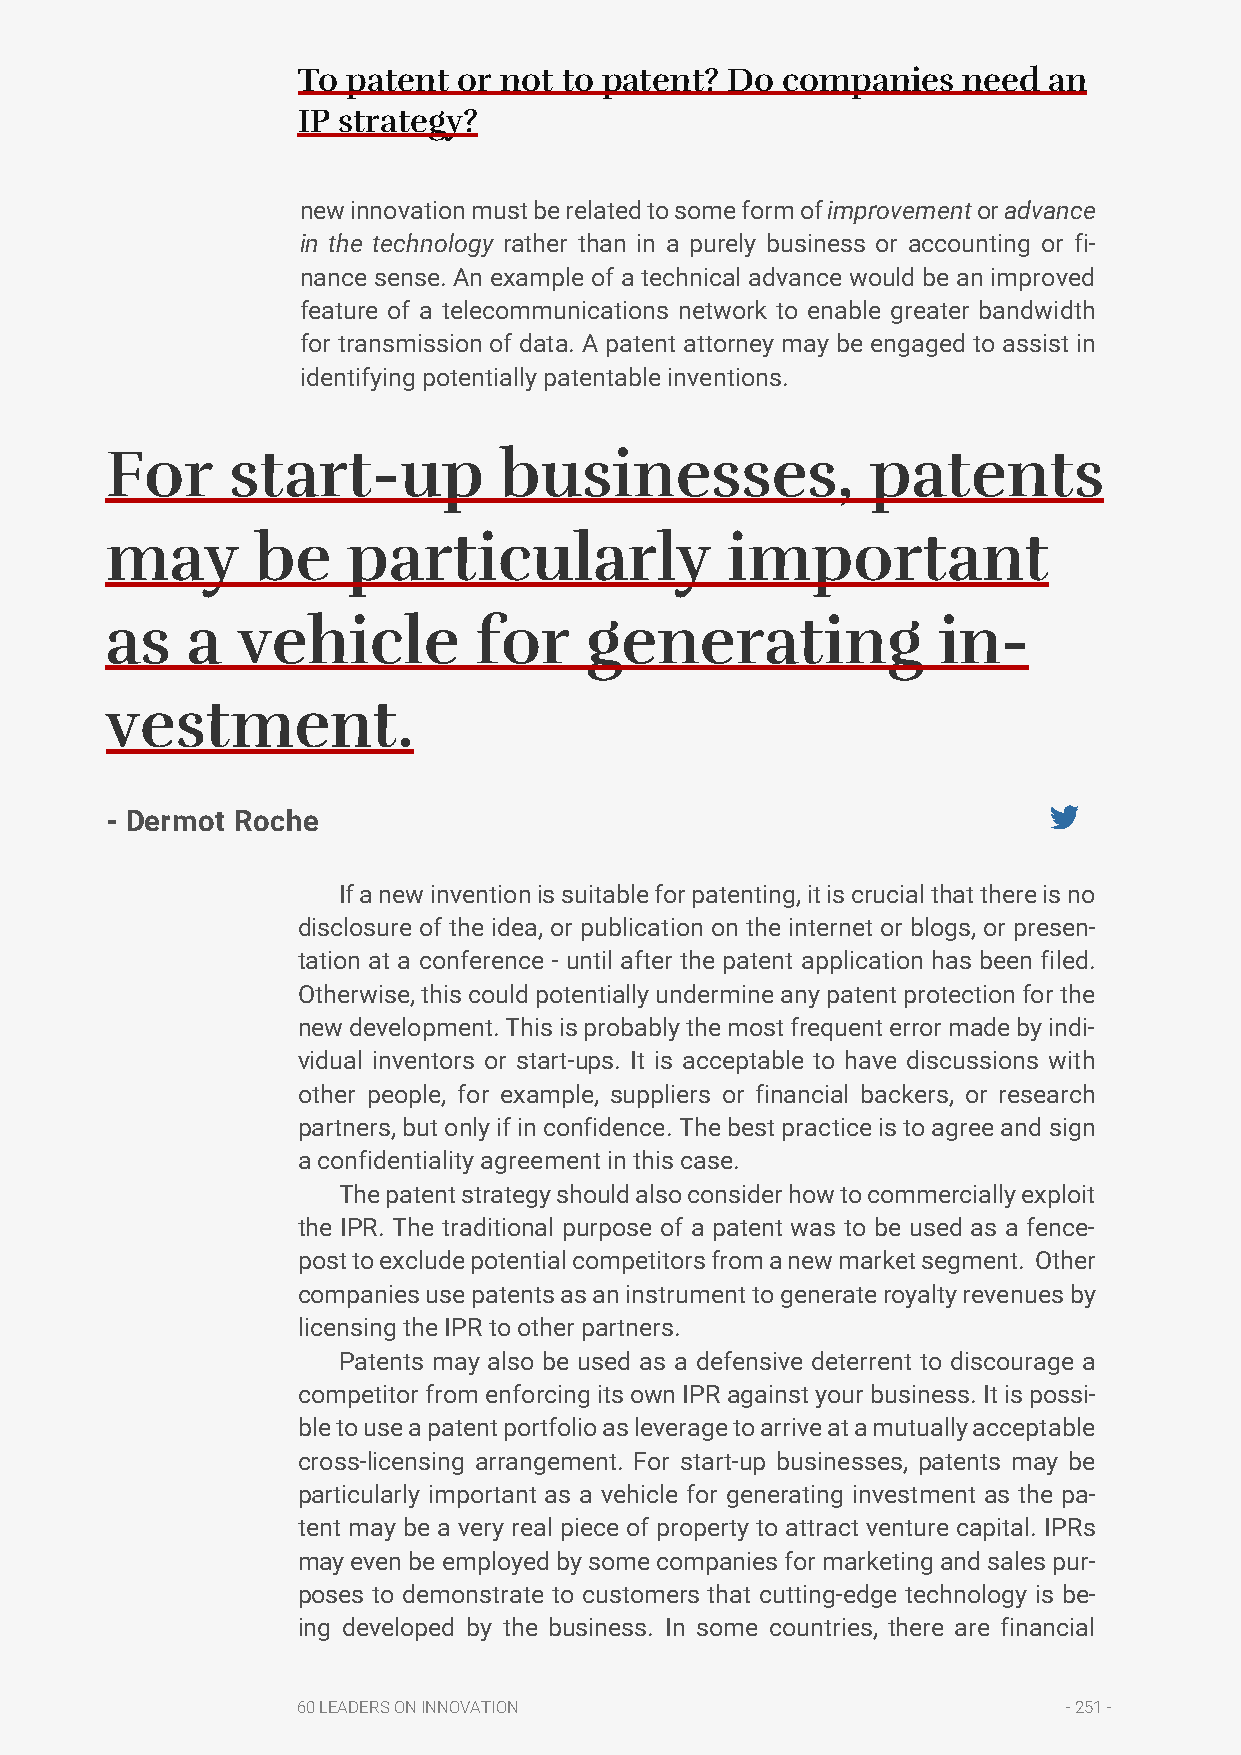
To patent or not to patent? Do  companies   need an
 IP strategy?
 new innovation must be related to some form of improvement or advance
 in the technology rather than in a purely business or accounting or fi-
 nance sense. An example of a technical advance would be an improved
 feature of a telecommunications network to enable greater bandwidth
 for transmission of data. A patent attorney may be engaged to assist in
 identifying potentially patentable inventions.
 For     start-up          businesses,              patents
 may       be    particularly             important
 as   a   vehicle        for     generating             in-
 vestment.
 - Dermot Roche
 If a new invention is suitable for patenting, it is crucial that there is no
 disclosure of the idea, or publication on the internet or blogs, or presen-
 tation at a conference - until after the patent application has been filed.
 Otherwise, this could potentially undermine any patent protection for the
 new development. This is probably the most frequent error made by indi-
 vidual inventors or start-ups. It is acceptable to have discussions with
 other people, for example, suppliers or financial backers, or research
 partners, but only if in confidence. The best practice is to agree and sign
 a confidentiality agreement in this case.
 The patent strategy should also consider how to commercially exploit
 the IPR. The traditional purpose of a patent was to be used as a fence-
 post to exclude potential competitors from a new market segment. Other
 companies use patents as an instrument to generate royalty revenues by
 licensing the IPR to other partners.
 Patents may also be used as a defensive deterrent to discourage a
 competitor from enforcing its own IPR against your business. It is possi-
 ble to use a patent portfolio as leverage to arrive at a mutually acceptable
 cross-licensing arrangement. For start-up businesses, patents may be
 particularly important as a vehicle for generating investment as the pa-
 tent may be a very real piece of property to attract venture capital. IPRs
 may even be employed by some companies for marketing and sales pur-
 poses to demonstrate to customers that cutting-edge technology is be-
 ing developed by the business. In some countries, there are financial
 60 LEADERS ON INNOVATION                           - 251 -